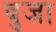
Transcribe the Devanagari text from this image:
बुजा